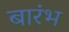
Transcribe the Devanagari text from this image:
बारंभ